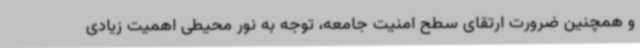
و همچنین ضرورت ارتقای سطح امنیت جامعه، توجه به نور محیطی اهمیت زیادی